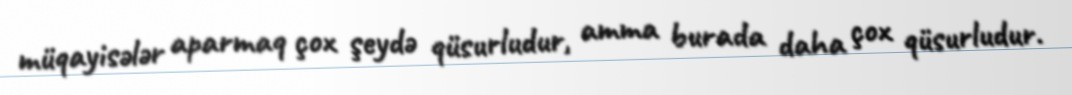
müqayisələr aparmaq çox şeydə qüsurludur, amma burada daha çox qüsurludur.